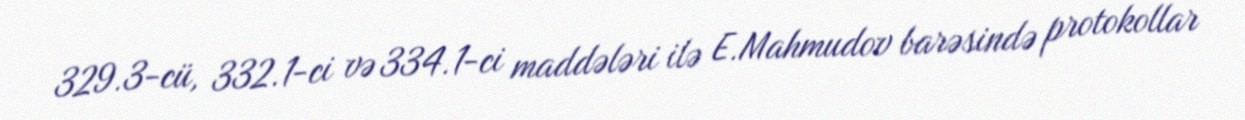
329.3-cü, 332.1-ci və 334.1-ci maddələri ilə E.Mahmudov barəsində protokollar